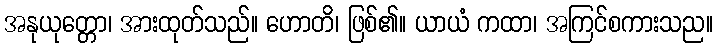
အနုယုတ္တော၊ အားထုတ်သည်။ ဟောတိ၊ ဖြစ်၏။ ယာယံ ကထာ၊ အကြင်စကားသည။